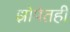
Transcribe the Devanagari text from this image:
झोपेतही